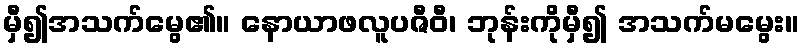
မှီ၍အသက်မွေ၏။ နောယာဖလူပဇီဝီ၊ ဘုန်းကိုမှီ၍ အသက်မမွေး။